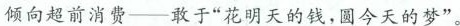
倾向超前消费--敢于”花明天的钱，圆今天的梦”。